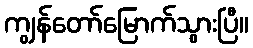
ကျွန်တော်မြောက်သွားပြီ။